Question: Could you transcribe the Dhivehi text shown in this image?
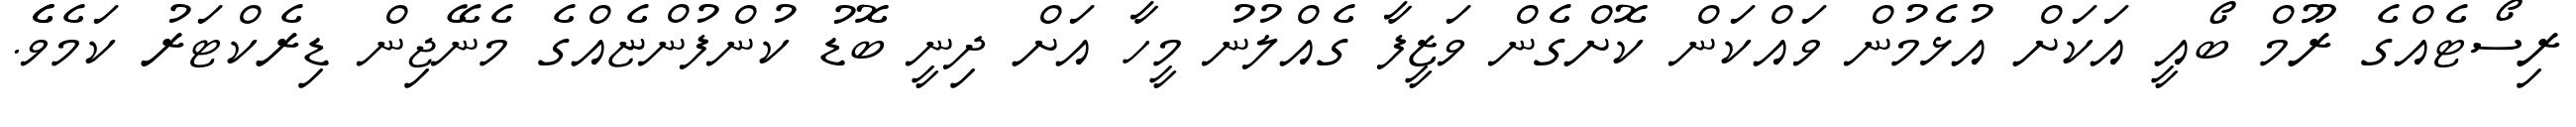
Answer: ރިސޯޓެއްގެ ރޫމް ބޯއީ އަކަށް އުޅެމުން ވައްކަން ކޮށްގެން ވަޒީފާ ގެއްލުނު މީހާ އަށް ދިނީ ބޮޑު ކުންފުންޏެއްގެ މެނޭޖިން ޑިރެކްޓަރު ކަމެވެެ.